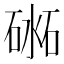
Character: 𥔨